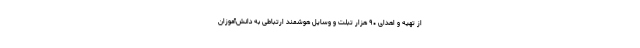
از تهیه و اهدای ۹۰ هزار تبلت و وسایل هوشمند ارتباطی به دانش‌آموزان